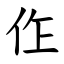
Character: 㑅